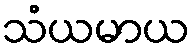
သံယမာယ